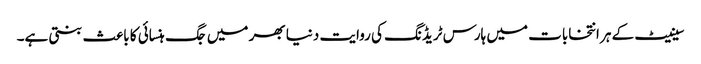
سینیٹ کے ہر انتخابات میں ہارس ٹریڈنگ کی روایت دنیا بھر میں جگ ہنسائی کا باعث بنتی ہے۔